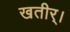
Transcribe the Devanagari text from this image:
खतीर्।